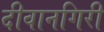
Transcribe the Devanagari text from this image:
दीवानगिरी